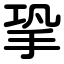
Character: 㧬